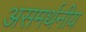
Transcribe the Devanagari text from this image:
असमर्थनीय